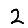
Digit: 2